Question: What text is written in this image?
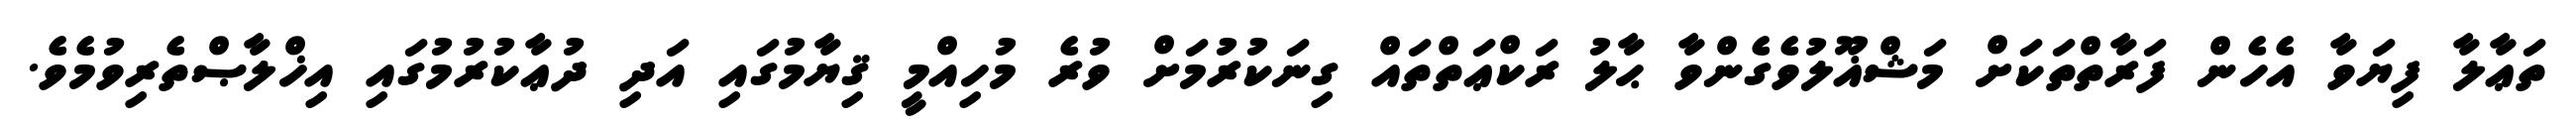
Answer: ތަޢާލާ ފިޔަވާ އެހެން ފަރާތްތަކަށް މަޝްޣޫލުވެގެންވާ ޙާލު ރަކްޢަތްތައް ގިނަކުރުމަށް ވުރެ މުހިއްމީ ޤިޔާމުގައި އަދި ދުޢާކުރުމުގައި އިޚްލާޞްތެރިވުމެވެ.